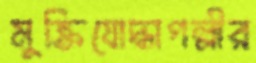
মুক্তিযোদ্ধাপল্লীর